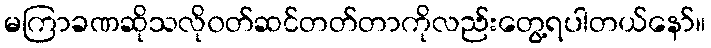
မကြာခဏဆိုသလို၀တ်ဆင်တတ်တာကိုလည်းတွေ့ရပါတယ်နော်။